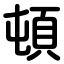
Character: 頓